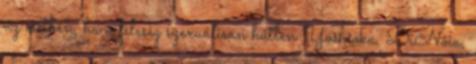
az esetben, ha a feleség szexuálisan hűtlen Yoshioka, DiNoia,